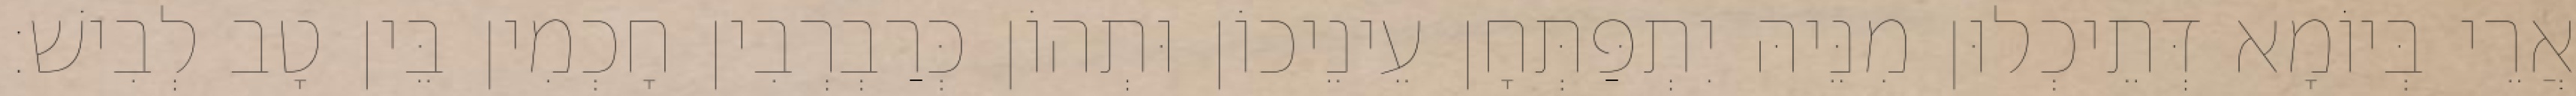
אֲרֵי בְּיוֹמָא דְּתֵיכְלוּן מִנֵּיהּ יִתְפַּתְּחָן עֵינֵיכוֹן וּתְהוֹן כְּרַבְרְבִין חָכְמִין בֵּין טָב לְבִישׁ׃